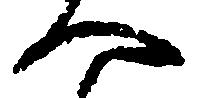
へ